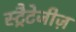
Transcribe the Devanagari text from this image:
स्ट्रैटेजीज़